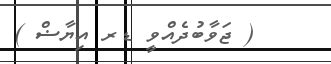
( ޖަވާބުދެއްވީ ޑރ އިޔާޟް )